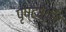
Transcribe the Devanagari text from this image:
पृष्टभुमि